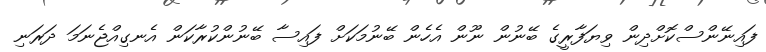
ފައިނޭންސްކޮށްދިން ވިޔަފާރީގެ ބޭނުން ނޫން އެހެން ބޭނުމަކަށް ފައިސާ ބޭނުންކުރާކަން އެނގިއްޖެނަމަ ދަރަނި